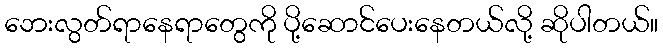
ဘေးလွတ်ရာနေရာတွေကို ပို့ဆောင်ပေးနေတယ်လို့ ဆိုပါတယ်။